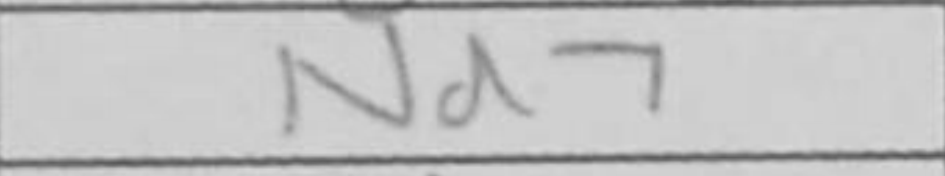
Transcription: Nd7